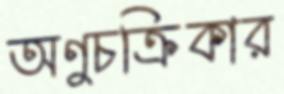
অণুচক্রিকার